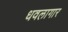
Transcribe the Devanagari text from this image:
धवलागार